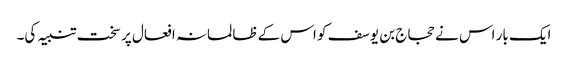
ایک بار اس نے حجاج بن یوسف کو اس کے ظالمانہ افعال پر سخت تنبیہ کی۔